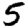
Digit: 5